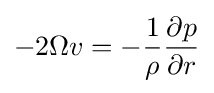
-2\Omega v=-{\frac {1}{\rho }}{\frac {\partial p}{\partial r}}